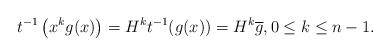
LaTeX: \begin{align*}t^{-1}\left(x^{k} g(x)\right)=H^{k} t^{-1}(g(x))=H^{k}\overline{g},0 \leq k \leq n-1.\end{align*}